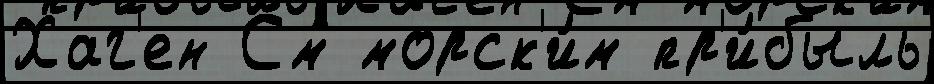
Хаг'ен См морск'и́м пр'и́быль